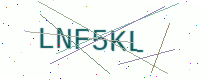
Text: LNF5KL